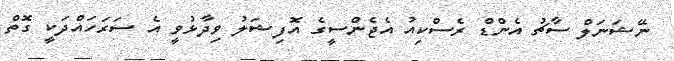
ނޭޝަނަލް ސާޗު އެންޑް ރެސްކިއު އެޖެންސީގެ އޮފިޝަލު ވިދާޅުވީ އެ ސަރަހައްދަކީ ގޮތް